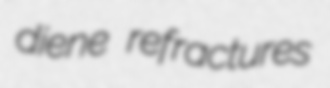
diene refractures